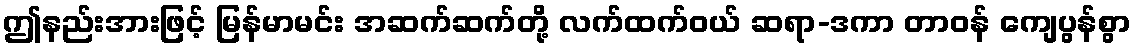
ဤနည်းအားဖြင့် မြန်မာမင်း အဆက်ဆက်တို့ လက်ထက်ဝယ် ဆရာ-ဒကာ တာဝန် ကျေပွန်စွာ